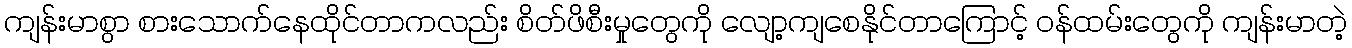
ကျန်းမာစွာ စားသောက်နေထိုင်တာကလည်း စိတ်ဖိစီးမှုတွေကို လျော့ကျစေနိုင်တာကြောင့် ဝန်ထမ်းတွေကို ကျန်းမာတဲ့